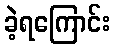
ခဲ့ရကြောင်း